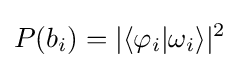
P(b_{i})=|\langle \varphi _{i}|\omega _{i}\rangle |^{2}